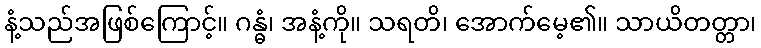
နံ့သည်အဖြစ်ကြောင့်။ ဂန္ဓံ၊ အနံ့ကို။ သရတိ၊ အောက်မေ့၏။ သာယိတတ္တာ၊